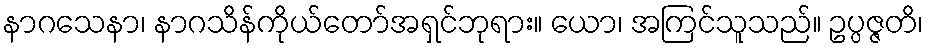
နာဂသေနာ၊ နာဂသိန်ကိုယ်တော်အရှင်ဘုရား။ ယော၊ အကြင်သူသည်။ ဥပ္ပဇ္ဇတိ၊